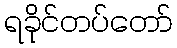
ရခိုင်တပ်တော်